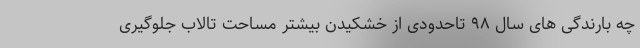
چه بارندگی های سال ۹۸ تاحدودی از خشکیدن بیشتر مساحت تالاب جلوگیری